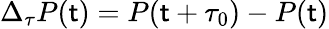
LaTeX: \Delta_{\tau}P(\mathsf{t})=P(\mathsf{t}+\tau_{0})-P(\mathsf{t})